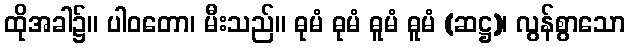
ထိုအခါ၌။ ပါဝတော၊ မီးသည်။ ဓုမံ ဓုမံ ဓူမံ ဓူမံ (ဆဋ္ဌ)၊ လွန်စွာသော